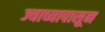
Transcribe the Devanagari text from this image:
ज्याच्यापासून